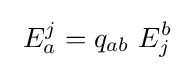
\ E_{a}^{j}=q_{ab}\ E_{j}^{b}~